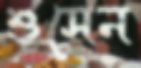
শুসেন